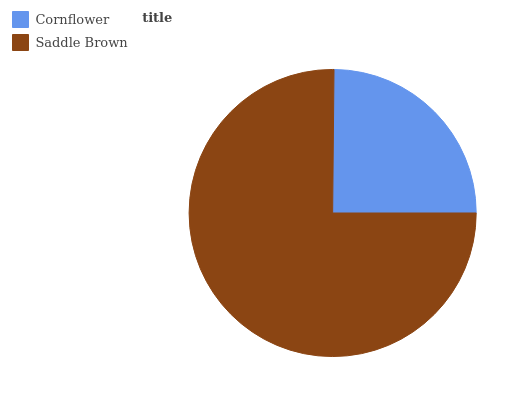
| Cornflower | Saddle Brown |
 | --- | --- |
 | 24.8% | 75.2% |